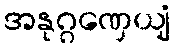
အနုဂ္ဂဏှေယျံ